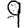
Digit: 9